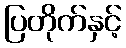
ပြတိုက်နှင့်